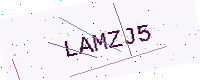
Text: LAMZJ5